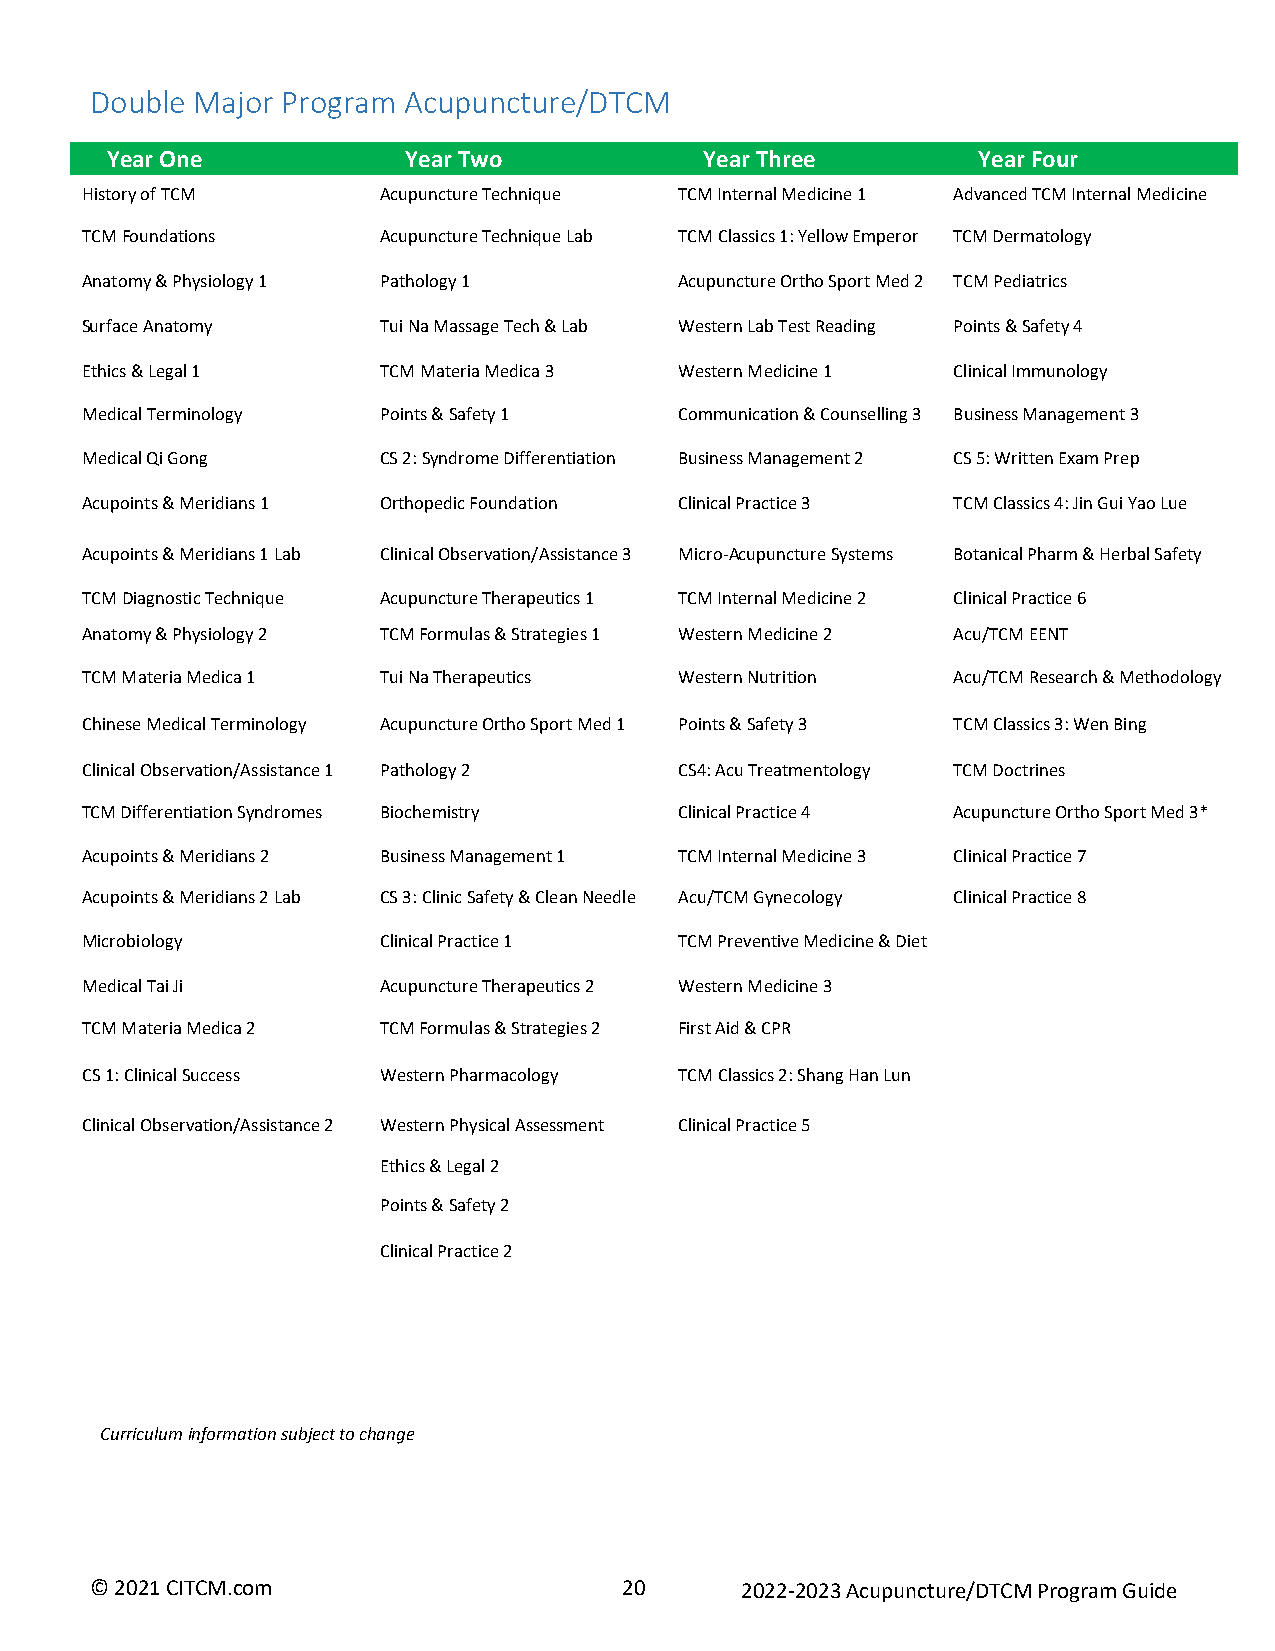
Double Major Program Acupuncture/DTCM
 Year One            Year Two            Year Three        Year Four
 History of TCM      Acupuncture Technique TCM Internal Medicine 1 Advanced TCM Internal Medicine
 TCM Foundations     Acupuncture Technique Lab TCM Classics 1: Yellow Emperor TCM Dermatology
 Anatomy & Physiology 1 Pathology 1      Acupuncture Ortho Sport Med 2 TCM Pediatrics
 Surface Anatomy     Tui Na Massage Tech & Lab Western Lab Test Reading Points & Safety 4
 Ethics & Legal 1    TCM Materia Medica 3 Western Medicine 1 Clinical Immunology
 Medical Terminology Points & Safety 1   Communication & Counselling 3 Business Management 3
 Medical Qi Gong     CS 2: Syndrome Differentiation Business Management 2 CS 5: Written Exam Prep
 Acupoints & Meridians 1 Orthopedic Foundation Clinical Practice 3 TCM Classics 4: Jin Gui Yao Lue
 Acupoints & Meridians 1 Lab Clinical Observation/Assistance 3 Micro-Acupuncture Systems Botanical Pharm & Herbal Safety
 TCM Diagnostic Technique Acupuncture Therapeutics 1 TCM Internal Medicine 2 Clinical Practice 6
 Anatomy & Physiology 2 TCM Formulas & Strategies 1 Western Medicine 2 Acu/TCM EENT
 TCM Materia Medica 1 Tui Na Therapeutics Western Nutrition Acu/TCM Research & Methodology
 Chinese Medical Terminology Acupuncture Ortho Sport Med 1 Points & Safety 3 TCM Classics 3: Wen Bing
 Clinical Observation/Assistance 1 Pathology 2 CS4: Acu Treatmentology TCM Doctrines
 TCM Differentiation Syndromes Biochemistry Clinical Practice 4 Acupuncture Ortho Sport Med 3*
 Acupoints & Meridians 2 Business Management 1 TCM Internal Medicine 3 Clinical Practice 7
 Acupoints & Meridians 2 Lab CS 3: Clinic Safety & Clean Needle Acu/TCM Gynecology Clinical Practice 8
 Microbiology        Clinical Practice 1 TCM Preventive Medicine & Diet
 Medical Tai Ji      Acupuncture Therapeutics 2 Western Medicine 3
 TCM Materia Medica 2 TCM Formulas & Strategies 2 First Aid & CPR
 CS 1: Clinical Success Western Pharmacology TCM Classics 2: Shang Han Lun
 Clinical Observation/Assistance 2 Western Physical Assessment Clinical Practice 5
 Ethics & Legal 2
 Points & Safety 2
 Clinical Practice 2
 Curriculum information subject to change
 © 2021 CITCM.com                   20      2022-2023 Acupuncture/DTCM Program Guide